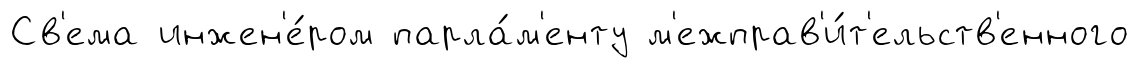
Св'ема инжен'е́ром парла́м'енту м'ежправ'и́т'ельств'енного